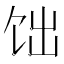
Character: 饳